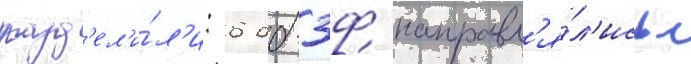
разд'ел'и́л'и: 6 дб-3ф направл'я́л'ись